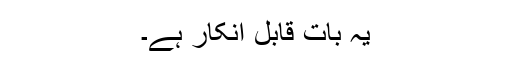
یہ بات قابلِ انکار ہے۔